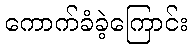
ကောက်ခံခဲ့ကြောင်း